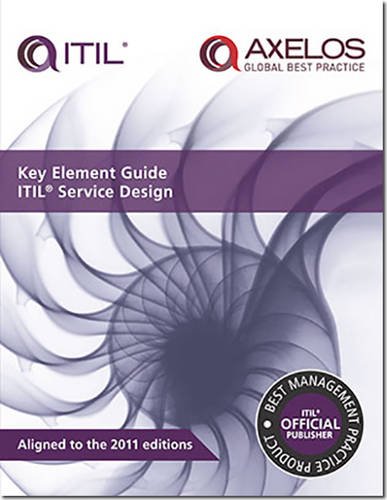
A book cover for Key Element Guide ITIL Service Design (Best Management Practice); Computers & Technology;